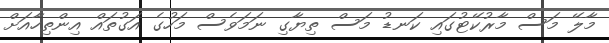
މާލޭ މަސް މާރުކޭޓުގައި ކަނޑު މަސް ތިޔާގި ނަމަވެސް މަހުގެ އަގުތައް އިންތިހާއަށް